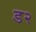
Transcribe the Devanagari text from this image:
ड२